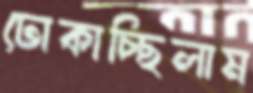
ঢোকাচ্ছিলাম